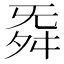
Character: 𮎁